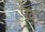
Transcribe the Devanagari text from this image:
प़ढ